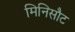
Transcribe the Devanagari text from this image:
मिनिसौट